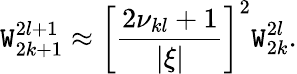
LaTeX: \mathtt{W}_{2k+1}^{2l+1}\approx\left[\frac{{2\nu_{kl}+1}}{{|\xi|}}\right]^{2}\mathtt{W}_{2k}^{2l}.